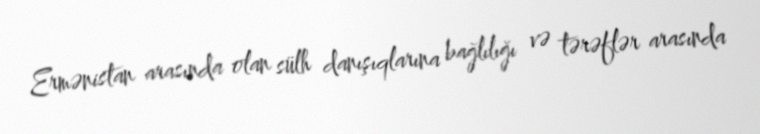
Ermənistan arasında olan sülh danışıqlarına bağlılığı və tərəflər arasında